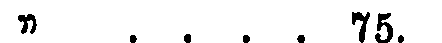
" .... 75.